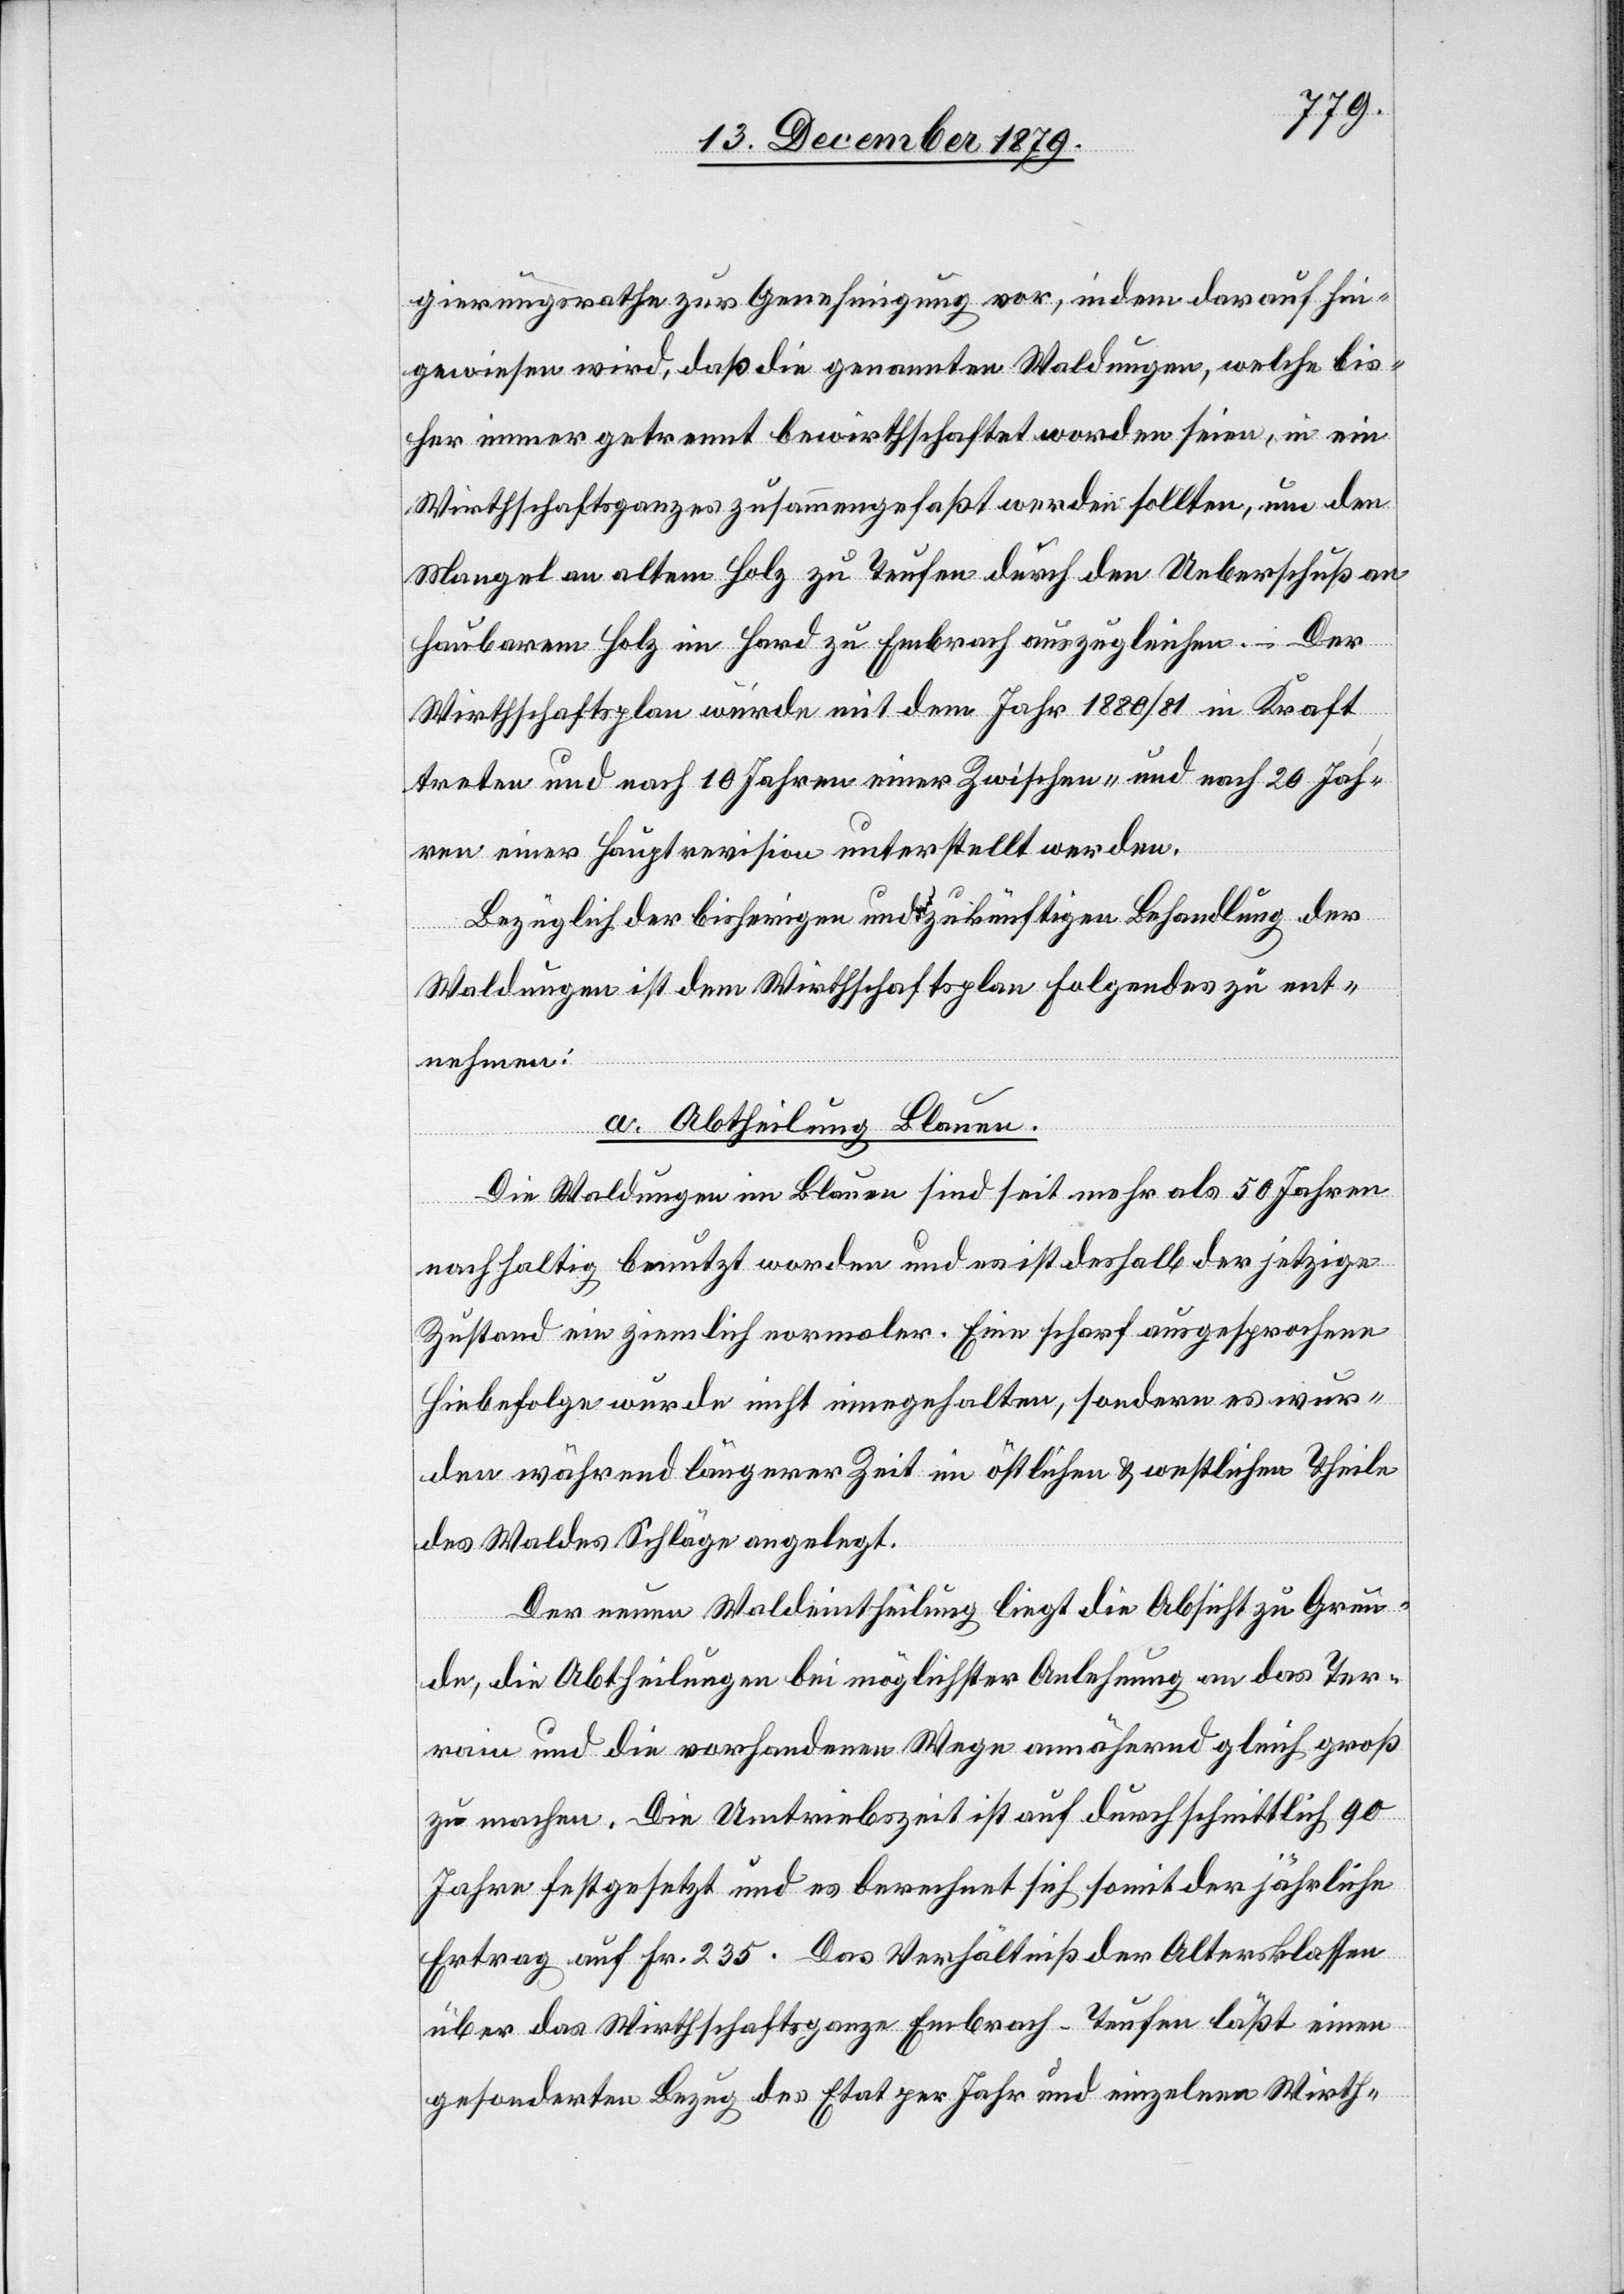
gierungsrathe zur Genehmigung vor, indem darauf hin¬
gewiesen wird, daß die genannten Waldungen, welche bis¬
her immer getrennt bewirthschaftet worden seien, in ein
Wirthschaftsganzes zusammengefaßt werden sollten, um den
Mangel an altem Holz zu Teufen durch den Ueberschuß an
haubarem Holz im Hard zu Embrach auszugleichen. – Der
Wirthschaftsplan würde mit dem Jahr 1880/81 in Kraft
treten und nach 10 Jahren einer Zwischen- und nach 20 Jah¬
ren einer Hauptrevision unterstellt werden.
Bezüglich der bisherigen und zukünftigen Behandlung der
Waldungen ist dem Wirthschaftsplan folgendes zu ent¬
nehmen:
a. Abtheilung Blauen.
Die Waldungen im Blauen sind seit mehr als 50 Jahren
nachhaltig benutzt worden und es ist deshalb der jetzige
Zustand ein ziemlich normaler. Eine scharf ausgesprochene
Hiebefolge wurde nicht eingehalten, sondern es wur¬
den während längerer Zeit im östlichen & westlichen Theile
des Waldes Schläge angelegt.
Der neuen Waldeintheilung liegt die Absicht zu Grun¬
de, die Abtheilungen bei möglichster Anlehnung an das Ter¬
rain und die vorhandenen Wege annähernd gleich groß
zu machen. Die Umtriebszeit ist auf durchschnittlich 90
Jahre festgesetzt und es berechnet sich somit der jährliche
Ertrag auf Fr. 235. Das Verhältniß der Altersklassen
über das Wirthschaftsganze Embrach-Teufen läßt einen
geforderten Bezug des Etat per Jahr und einzelnen Wirth-